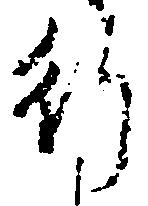
行